Scottish Leaving Certificate Examination, 1956
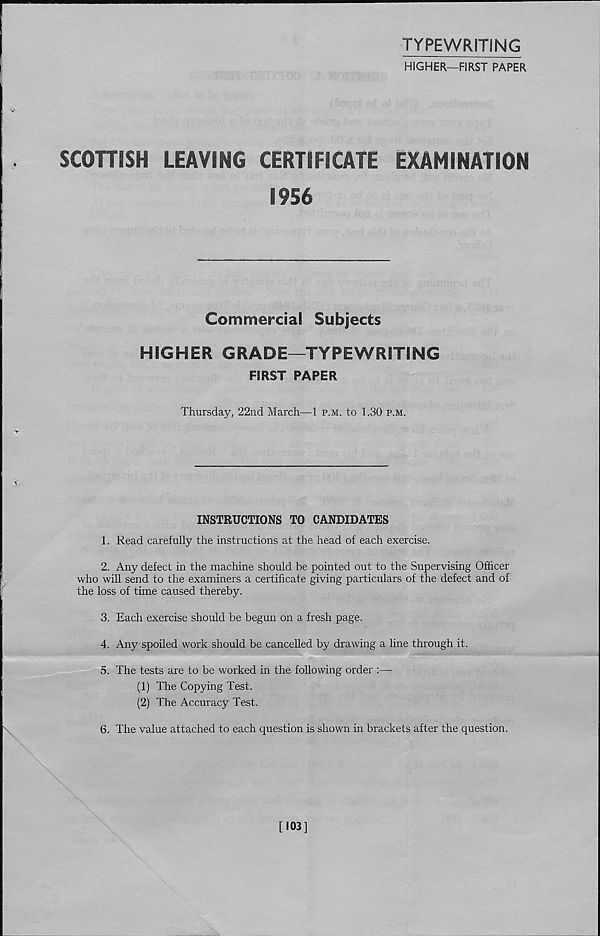
TYPEWRITING
HIGHER—FIRST PAPER
SCOTTISH
LEAVING CERTIFICATE
EXAMINATION
1956
Commercial Subjects
HIGHER GRADE—TYPEWRITING
FIRST PAPER
Thursday, 22nd March—1 p.m. to 1.30 p.m.
INSTRUCTIONS TO CANDIDATES
1. Read carefully the instructions at the head of each exercise.
2. Any defect in the machine should be pointed out to the Supervising Officer
who will send to the examiners a certificate giving particulars of the defect and of
the loss of time caused thereby.
3. Each exercise should be begun on a fresh page.
4. Any spoiled work should be cancelled by drawing a line through it.
5. The tests are to be worked in the following order
(1) The Copying Test.
(2) The Accuracy Test.
6. The value attached to each question is shown in brackets after the question.
[103]